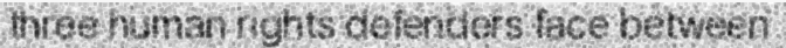
three human rights defenders face between